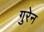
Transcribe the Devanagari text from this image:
गुरेन